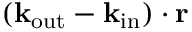
( \bf k _ { \mathrm { o u t } } - \bf k _ { \mathrm { i n } } ) \cdot { \bf r }